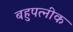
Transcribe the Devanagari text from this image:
बहुपत्‍नीक